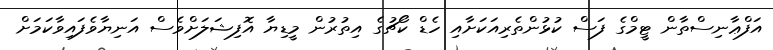
އަފްޢާނިސްތާން ޓީމްގެ ފަސް ކުޅުންތެރިއަކަށާއި ހެޑް ކޯޗުގެ އިތުރުން މީޑިޔާ އޮފިޝަލަށްވެސް އަނިޔާވެފައިވާކަމަށް